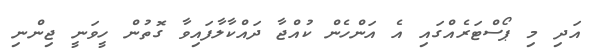
އަދި މި ޕޯސްޓަރެއްގައި އެ އަންހެން ކުއްޖާ ދައްކާލާފައިވާ ގޮތުން ހީވަނީ ޖިންނި